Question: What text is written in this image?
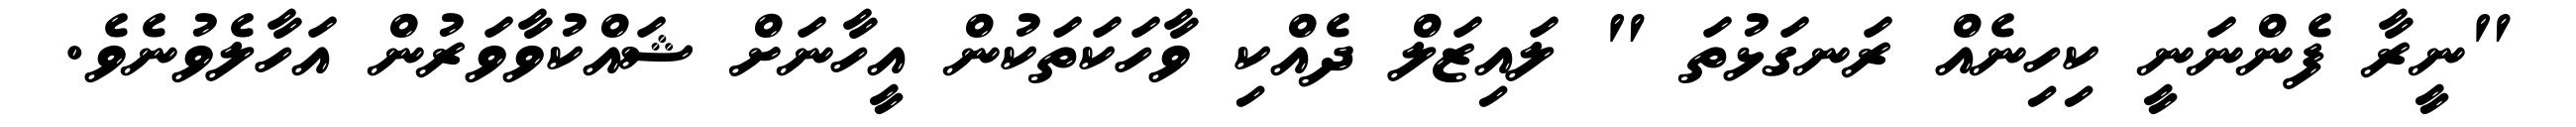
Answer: "ނީރާ ފެންނަނީ ކިހިނެއް ރަނގަޅުތަ " ލައިޒަލް ދެއްކި ވާހަކަތަކުން އީހާނަށް ޝައްކުވާވަރުން އަހާލެވުނެވެ.